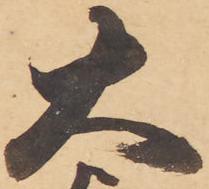
大